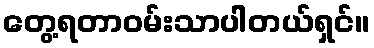
တွေ့ရတာဝမ်းသာပါတယ်ရှင်။